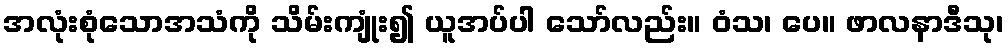
အလုံးစုံသောအသံကို သိမ်းကျုံး၍ ယူအပ်ပါ သော်လည်း။ ဝံသ၊ ပေ။ ဖာလနာဒီသု၊